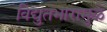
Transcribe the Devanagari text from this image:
विद्युतभारामुळे